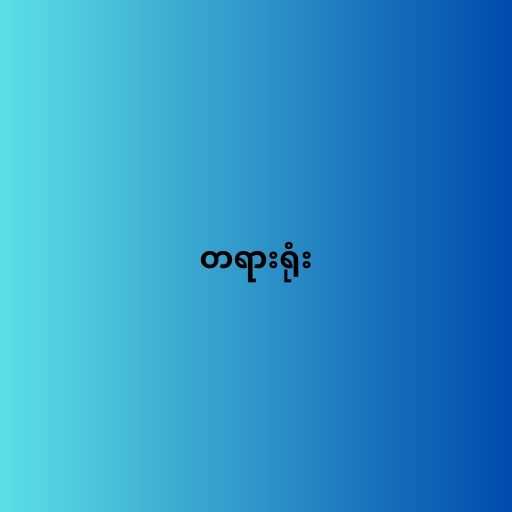
တရားရုံး